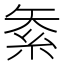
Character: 𥿅